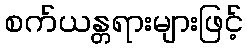
စက်ယန္တရားများဖြင့်